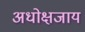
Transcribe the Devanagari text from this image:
अधोक्षजाय